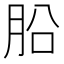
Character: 𣍬